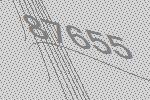
87655